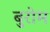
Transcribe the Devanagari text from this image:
बुरोम